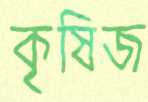
কৃষিজ